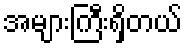
အများကြီးရှိတယ်